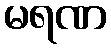
မရဏ